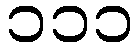
၁၁၁